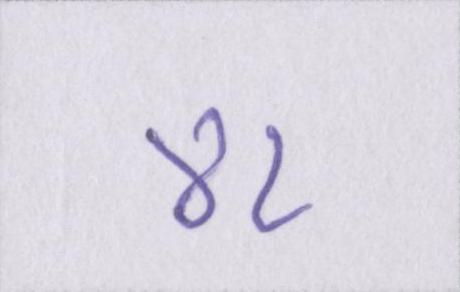
४८